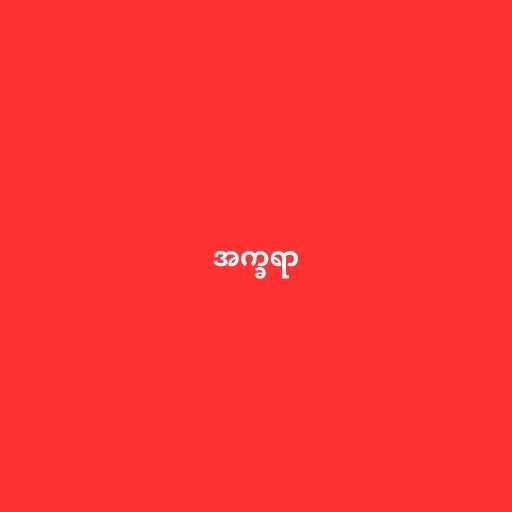
အက္ခရာ